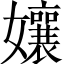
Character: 孃